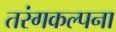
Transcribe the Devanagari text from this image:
तरंगकल्पना